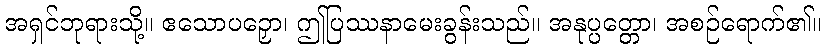
အရှင်ဘုရားသို့။ ဧသောပဉှော၊ ဤပြဿနာမေးခွန်းသည်။ အနုပ္ပတ္တော၊ အစဉ်ရောက်၏။